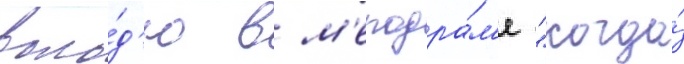
воло́д'ю в м'елодра́м'е "когда́